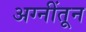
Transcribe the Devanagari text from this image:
अग्नींतून